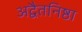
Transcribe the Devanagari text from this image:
अद्वैतनिष्ठा